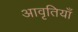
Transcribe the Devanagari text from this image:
अावृतियाँ